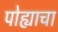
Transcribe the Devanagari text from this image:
पोह्याचा